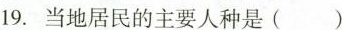
19. 当地居民的主要人种是( )